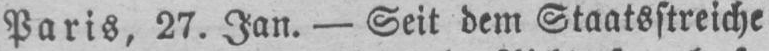
Paris, 27. Jan. - Seit dem Staatsstreiche